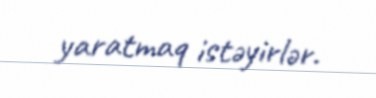
yaratmaq istəyirlər.